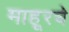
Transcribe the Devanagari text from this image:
माहूरचे